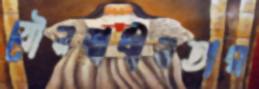
যৌনস্বাধীনতার